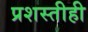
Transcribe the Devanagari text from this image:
प्रशस्तीही